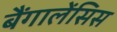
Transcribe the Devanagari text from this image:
बैंगालेंसिस